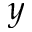
y